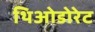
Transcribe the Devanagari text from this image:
थिओडोरेट